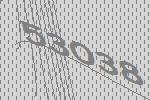
53038